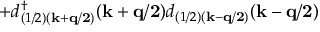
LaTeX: + d _ { ( 1 / 2 ) ( { \bf { k + q / 2 } } ) } ^ { \dagger } ( { \bf { k + q / 2 } } ) d _ { ( 1 / 2 ) ( { \bf { k - q / 2 } } ) } ( { \bf { k - q / 2 } } )